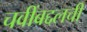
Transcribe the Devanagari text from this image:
चवींबद्दलची